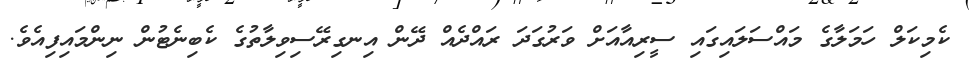
ކެމިކަލް ހަމަލާގެ މައްސަލައިގައި ސީރިއާއަށް ވަރުގަދަ ރައްދެއް ދޭން އިނގިރޭސިވިލާތުގެ ކެބިނެޓުން ނިންމައިފިއެވެ.